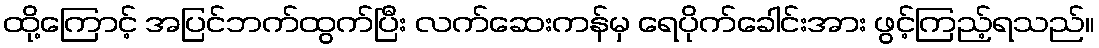
ထို့ကြောင့် အပြင်ဘက်ထွက်ပြီး လက်ဆေးကန်မှ ရေပိုက်ခေါင်းအား ဖွင့်ကြည့်ရသည်။